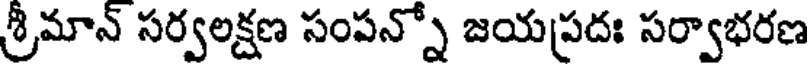
శ్రీమాన్ సర్వలక్షణ సంపన్నో జయప్రదః సర్వాభరణ